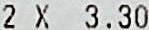
2 X 3.30